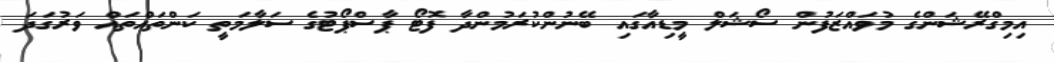
އިމިގްރޭޝަންގެ މުވަައްޒަފުން ސޯޝަލް މީޑިއާގައި ބޭނުންކުރަމުންދާ ފޮޓޯ ޕާސްޕޯޓުގެ ސަލާމަތީ ކަންތައްތައް ވަރުގަދަ